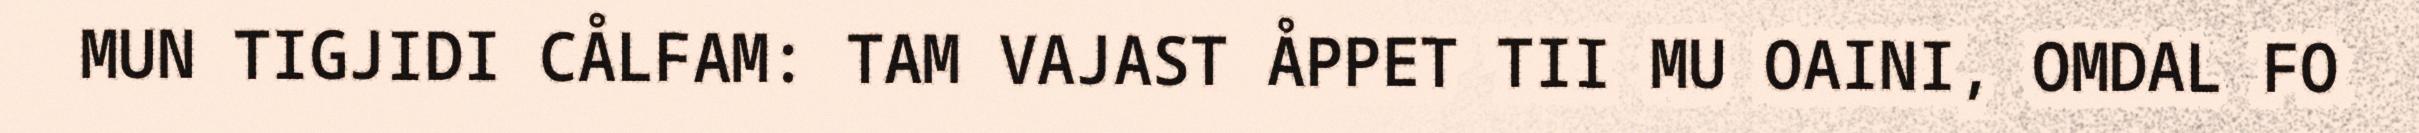
MUN TIGJIDI CÅLFAM: TAM VAJAST ÅPPET TII MU OAINI, OMDAL FO